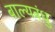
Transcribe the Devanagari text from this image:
बाल्यबंधु